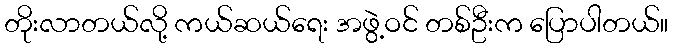
တိုးလာတယ်လို့ ကယ်ဆယ်ရေး အဖွဲ့ဝင် တစ်ဦးက ပြောပါတယ်။